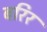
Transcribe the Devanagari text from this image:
बरिर